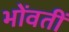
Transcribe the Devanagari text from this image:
भोंवतीं